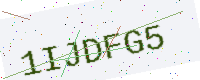
Text: 1IJDFG5